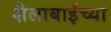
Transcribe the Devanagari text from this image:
शैलाबाईंच्या